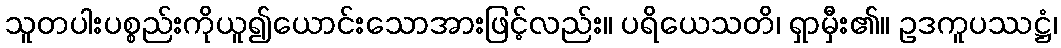
သူတပါးပစ္စည်းကိုယူ၍ယောင်းသောအားဖြင့်လည်း။ ပရိယေသတိ၊ ရှာမှီး၏။ ဥဒကူပဿဋ္ဌံ၊